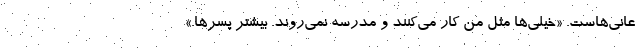
عانی‌هاست. «خیلی‌ها مثل من کار می‌کنند و مدرسه نمی‌روند. بیشتر پسرها.»